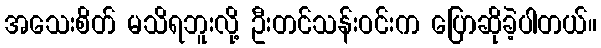
အသေးစိတ် မသိရဘူးလို့ ဦးတင်သန်းဝင်းက ပြောဆိုခဲ့ပါတယ်။